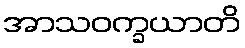
အာသဝက္ခယာတိ